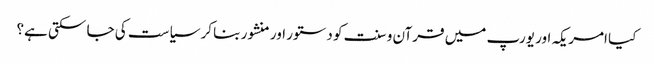
کیا امریکہ اور یورپ میں قرآن و سنت کو دستور اور منشور بنا کر سیاست کی جا سکتی ہے؟